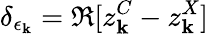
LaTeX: \delta_{\epsilon_{\mathbf k}}=\Re[z_{\mathbf k}^{C}-z_{\mathbf k}^{X}]